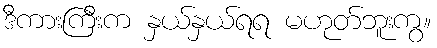
ဒီကားကြီးက နှယ်နှယ်ရရ မဟုတ်ဘူးကွ။